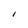
Character: I